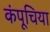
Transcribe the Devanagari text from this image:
कंपूचिया